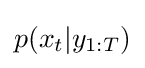
p(x_{t}|y_{1:T})